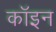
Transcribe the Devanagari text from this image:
कॉइन